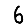
Digit: 6